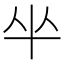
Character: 𠦏